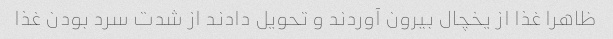
ظاهرا غذا از یخچال بیرون آوردند و تحویل دادند از شدت سرد بودن غذا